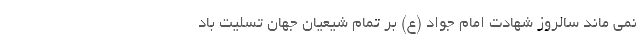
نمی ماند سالروز شهادت امام جواد (ع) بر تمام شیعیان جهان تسلیت باد